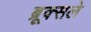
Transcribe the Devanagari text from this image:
ब्रूक्सले